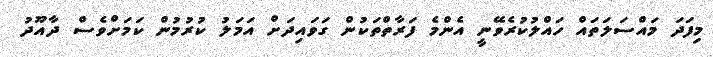
މިފަދަ މައްސަލަތައް ހައްލުކުރެވޭނީ އެންމެ ފަރާތްތަކުން ގަވައިދަށް އަމަލު ކުރުމުން ކަމަށްވެސް ދާއޫދު